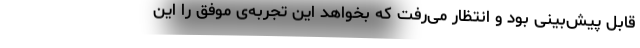
قابل پیش‌بینی بود و انتظار می‌رفت که بخواهد این تجربه‌ی موفق را این